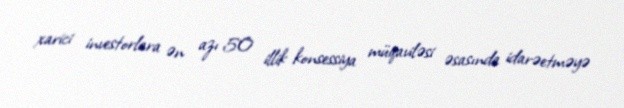
xarici investorlara ən azı 50 illik konsessiya müqaviləsi əsasında idarəetməyə